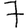
Digit: 7